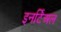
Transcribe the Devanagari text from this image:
इनर्टिअल